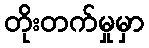
တိုးတက်မှုမှာ